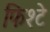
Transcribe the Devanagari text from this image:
फिश्टे